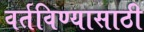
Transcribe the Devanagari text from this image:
वर्तविण्यासाठी